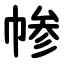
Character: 㡎